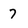
Character: 7